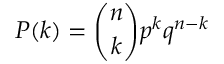
P ( k ) = { \binom { n } { k } } p ^ { k } q ^ { n - k }